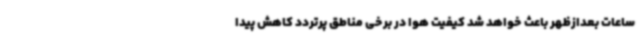
ساعات بعدازظهر باعث خواهد شد کیفیت هوا در برخی مناطق پرتردد کاهش پیدا